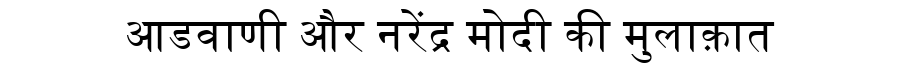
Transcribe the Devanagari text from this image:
आडवाणी और नरेंद्र मोदी की मुलाक़ात